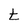
Character: t